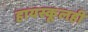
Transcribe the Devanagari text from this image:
हायस्कूलही